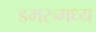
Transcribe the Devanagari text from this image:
डमरुमध्य